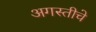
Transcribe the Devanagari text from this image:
अगस्तीचे